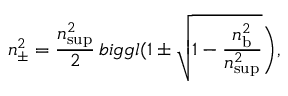
n _ { \pm } ^ { 2 } = \frac { n _ { \mathrm { s u p } } ^ { 2 } } { 2 } \, b i g g l ( 1 \pm \sqrt { 1 - \frac { n _ { \mathrm { b } } ^ { 2 } } { n _ { \mathrm { s u p } } ^ { 2 } } } \biggr ) ,